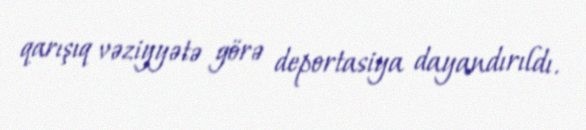
qarışıq vəziyyətə görə deportasiya dayandırıldı.